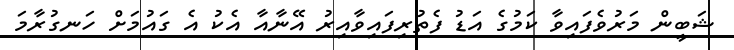
ޝަބީން މަރުވެފައިވާ ކަމުގެ އަޑު ފެތުރިފައިވާއިރު އޭނާއާ އެކު އެ ގައުމަށް ހަނގުރާމަ